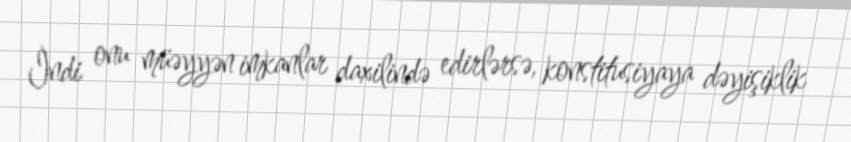
İndi onu müəyyən imkanlar daxilində edirlərsə, konstitusiyaya dəyişiklik